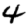
Digit: 4